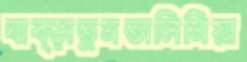
ঘাব্‌ড়াতুমতালিমিয়া